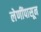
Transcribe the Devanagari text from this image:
लेणींपासून